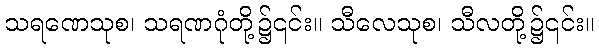
သရဏေသုစ၊ သရဏဂုံတို့၌၎င်း။ သီလေသုစ၊ သီလတို့၌၎င်း။